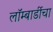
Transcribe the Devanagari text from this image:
लॉम्बार्डीचा